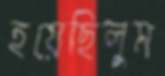
হয়েছিলুম